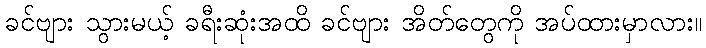
ခင်ဗျား သွားမယ့် ခရီးဆုံးအထိ ခင်ဗျား အိတ်တွေကို အပ်ထားမှာလား။